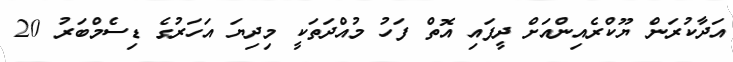
އަދާކުރަން ޔޫކްރެއިންއަށް ދީފައި އޮތް ފަހު މުއްދަތަކީ މިދިޔަ އަހަރުގެ ޑިސެމްބަރު 20